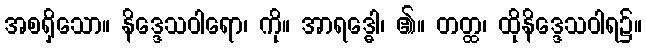
အစရှိသော။ နိဒ္ဒေသဝါရော၊ ကို။ အာရဒ္ဓေါ၊ ၏။ တတ္ထ၊ ထိုနိဒ္ဒေသဝါရ၌။